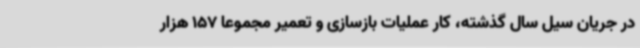
در جریان سیل سال گذشته، کار عملیات بازسازی و تعمیر مجموعاً 157 هزار